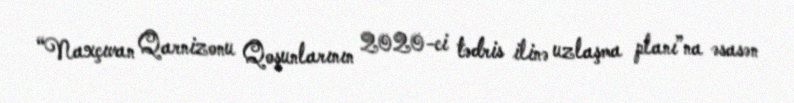
“Naxçıvan Qarnizonu Qoşunlarının 2020-ci tədris ilinə uzlaşma planı”na əsasən